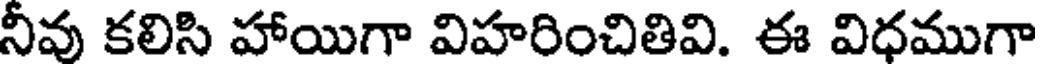
నీవు కలిసి హాయిగా విహరించితివి. ఈ విధముగా